Report on vaccination in Madras 1895-1903 - 1895-1903
Year: 1895
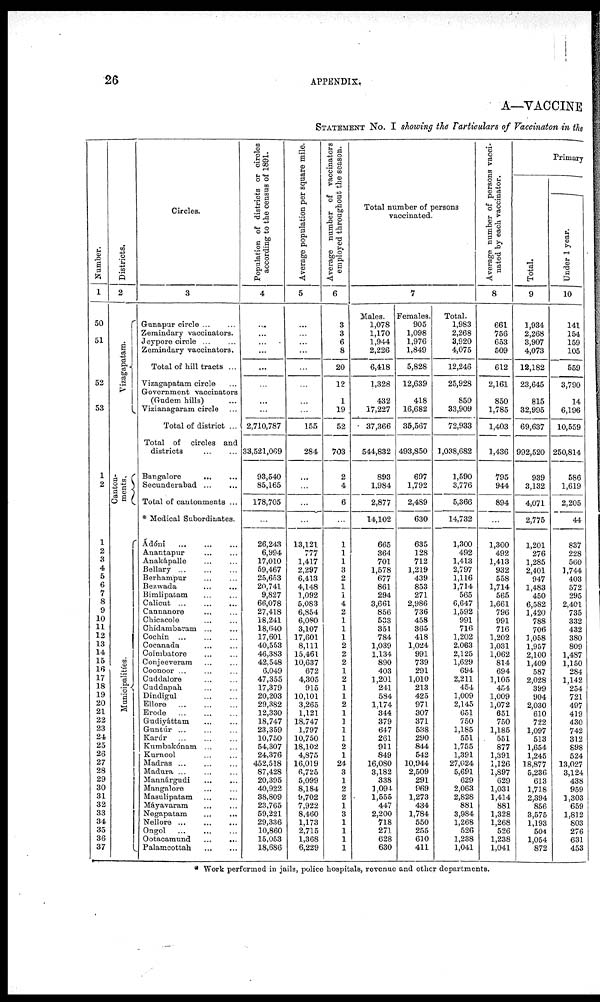
26
APPENDIX.
A—VACCINE
STATEMENT NO. I showing the Particulars of Vaccinaton in the
Number.
1
50
51
52
53
1
2
1
2
3
4
5
6
7
8
9
10
11
12
13
14
15
16
17
18
19
20
21
22
23
24
25
26
27
28
29
30
31
32
33
34
35
36
37
Districts.
2
Vizapatam.
Cantom¬
ments.
Municipalities
Circles.
3
Gunapur circle ... ...
Zemindary vaccinators.
Jeypore circle ... ...
Zemindary vaccinators.
Total of hill tracts ...
Vizagapatam circle ...
Government vaccinators
(Gudem hills) ...
Vizianagaram circle ...
Total of district ...
Total of circles and
districts ... ...
Bangalore
... ...
Secunderabad ... ...
Total of cantonments ...
* Medical Subordinates.
Ádóui ... ... ...
Anantapur ... ...
Anakápalle ... ...
Bellary ... ... ...
Berhampur ... ...
Bezwada ... ...
Bimlipatam ... ...
Calicut
...
...
...
Cannanore ... ...
Chicacole ... ...
Chidambaram ... ...
Cochin ... ... ...
Cocanada ... ...
Coimbatore ... ...
Conjeeveram ... ...
Coonoor ... ... ...
Cuddalore
...
...
Cuddapah
...
...
Dindigul ... ...
Ellore
...
...
...
Erode
...
...
...
Gudiyáttam
...
...
Guntúr ... ... ...
Karúr
...
...
...
Kumbakónam ... ...
Kurnool ... ...
Madras ... ... ...
Madura ... ... ...
Mannárgudi ... ...
Mangalore
...
...
Masulipatam ... ...
Máyavaram ... ...
Negapatam ... ...
Nellore ... ... ...
Ongol ... ... ...
Ootacamund
...
...
Palamcottah ... ...
Population of districts or circles
according to the census of 1891.
4
...
...
...
...
...
...
...
...
2,710,787
33,521,069
93,540
85,165
178,705
...
26,243
6,994
17,010
69,467
25,653
20,741
9,827
66,078
27,418
18,241
18,640
17,601
40,553
46,383
42,548
6,049
47,355
17,379
20,203
29,382
12,330
18,747
23,359
10,750
54,307
24,376
452,518
87,428
20,395
40,922
38,809
23,765
59,221
29,336
10,860
15,053
18,686
Average population per square mile.
5
...
...
...
...
...
...
...
...
155
284
...
...
...
...
13,121
777
1,417
2,297
6,413
4,148
1,092
5,083
6,854
6,080
3,107
17,601
8,111
15,461
10,637
672
4,305
915
10,101
3,265
1,121
18,747
1,797
10,750
18,102
4,875
16,019
6,725
5,099
8,184
9,702
7,922
8,460
1,173
2,715
1,368
6,229
Average number of vaccinators
employed throughout the season.
6
3
3
6
8
20
12
1
19
52
703
2
4
6
...
1
1
1
3
2
1
1
4
2
1
1
1
2
2
2
1
2
1
1
2
1
1
1
1
2
1
24
3
1
2
2
1
3
1
1
1
1
Total number of persons
vaccinated.
Males.
1,078
1,170
1,944
2,226
6,418
1,328
432
17,227
37,366
544,832
893
1,984
2,877
14,102
665
364
701
1,578
677
861
294
3,661
856
533
351
784
1,039
1,134
890
403
1,201
241
584
1,174
344
379
647
261
911
849
16,080
3,182
338
3,094
1,555
447
2,200
718
271
628
630
7
Females.
905
1,098
1,976
1,849
5,828
12,639
418
16,682
35,567
493,850
697
1,792
2,489
630
635
128
712
1,219
439
853
271
2,986
736
458
365
418
1,024
991
739
291
1,010
213
425
971
307
371
538
290
844
542
10,944
2,509
291
969
1,273
434
1,784
550
255
610
411
Total.
1,983
2,268
3,920
4,075
12,246
25,928
850
33,909
72,933
1,038,682
1,590
3,776
5,366
14,732
1,300
492
1,413
2,797
1,116
3,714
565
6,647
1,592
991
716
1,202
2,063
2,125
1,629
694
2,211
454
1,009
2,145
651
750
1,185
551
1,755
1,391
27,024
5,691
629
2,063
2,828
881
3,984
1,268
526
1,238
1,041
Average number of persons vacci-
nated by each vaccinator.
8
661
756
653
509
612
2,161
850
1,785
1,403
1,436
795
944
894
...
1,300
492
1,413
932
558
1,714
565
1,661
796
991
716
1,202
1,031
1,062
814
694
1,105
454
1,009
1,072
651
750
1,185
551
877
3,391
1,126
1,897
629
1,031
1,414
881
1,328
1,268
526
1,238
1,041
Primary
Total.
9
1,934
2,268
3,907
4,073
12,182
23,645
815
32,995
69,637
992,520
939
3,132
4,071
2,775
1,201
276
1,285
2,401
947
1,483
450
6,582
1,420
788
706
1,058
1,957
2,100
1,409
587
2,028
399
904
2,030
610
722
1,097
513
1,654
1,245
18,877
5,236
613
1,718
2,394
856
3,575
1,193
504
1,054
872
Under 1 year.
10
141
154
159
105
559
3,790
14
6,196
10,559
250,814
586
1,619
2,205
44
837
228
560
3,744
403
572
295
2,401
735
332
432
380
809
1,487
1,350
284
1,142
254
721
497
419
430
742
312
898
524
13,027
3,124
438
959
3,303
659
1,812
803
276
631
453
* Work performed in jails, police hospitals, revenue and other departments.